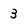
Character: 3